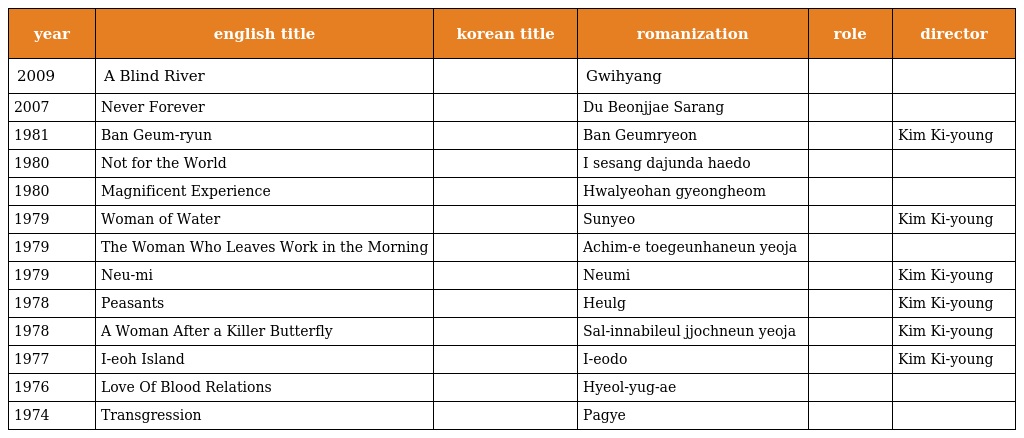
| year | english title | korean title | romanization | role | director |
 | --- | --- | --- | --- | --- | --- |
 | 2009 | A Blind River |  | Gwihyang |  |  |
 | 2007 | Never Forever |  | Du Beonjjae Sarang |  |  |
 | 1981 | Ban Geum-ryun |  | Ban Geumryeon |  | Kim Ki-young |
 | 1980 | Not for the World |  | I sesang dajunda haedo |  |  |
 | 1980 | Magnificent Experience |  | Hwalyeohan gyeongheom |  |  |
 | 1979 | Woman of Water |  | Sunyeo |  | Kim Ki-young |
 | 1979 | The Woman Who Leaves Work in the Morning |  | Achim-e toegeunhaneun yeoja |  |  |
 | 1979 | Neu-mi |  | Neumi |  | Kim Ki-young |
 | 1978 | Peasants |  | Heulg |  | Kim Ki-young |
 | 1978 | A Woman After a Killer Butterfly |  | Sal-innabileul jjochneun yeoja |  | Kim Ki-young |
 | 1977 | I-eoh Island |  | I-eodo |  | Kim Ki-young |
 | 1976 | Love Of Blood Relations |  | Hyeol-yug-ae |  |  |
 | 1974 | Transgression |  | Pagye |  |  |